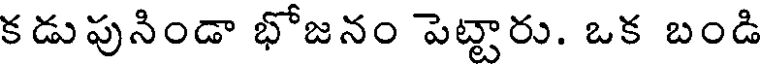
కడుపునిండా భోజనం పెట్టారు. ఒక బండి